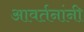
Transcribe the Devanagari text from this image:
आवर्तनांनी